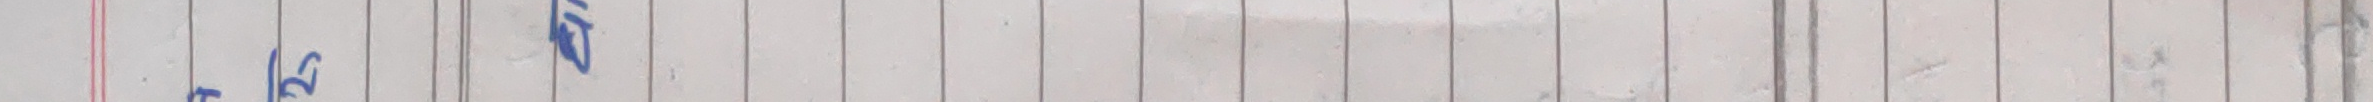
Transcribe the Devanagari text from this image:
१७